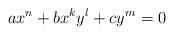
LaTeX: \begin{align*}a x^n + b x^k y^l + c y^m = 0\end{align*}